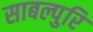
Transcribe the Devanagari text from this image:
साबल्पुरि